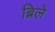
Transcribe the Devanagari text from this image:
ब्रिले